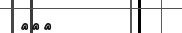
٢١٩